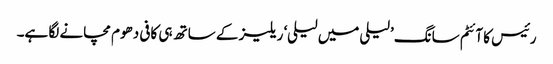
رئیس کا آئٹم سانگ ’لیلی میں لیلی‘ ریلیز کے ساتھ ہی کافی دھوم مچانے لگا ہے۔